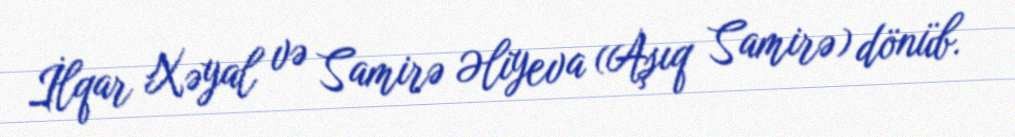
İlqar Xəyal və Samirə Əliyeva (Aşıq Samirə) dönüb.